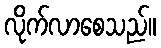
လိုက်လာစေသည်။